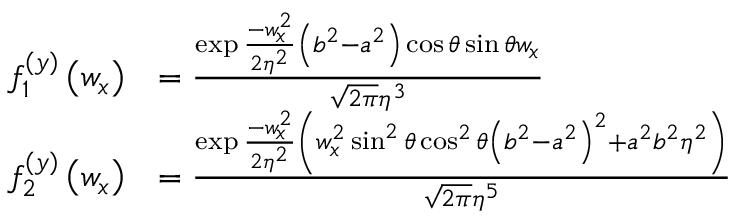
\begin{array} { r l } { f _ { 1 } ^ { ( y ) } \left( w _ { x } \right) } & { = \frac { \exp \frac { - w _ { x } ^ { 2 } } { 2 \eta ^ { 2 } } \left( b ^ { 2 } - a ^ { 2 } \right) \cos \theta \sin \theta w _ { x } } { \sqrt { 2 \pi } \eta ^ { 3 } } } \\ { f _ { 2 } ^ { ( y ) } \left( w _ { x } \right) } & { = \frac { \exp \frac { - w _ { x } ^ { 2 } } { 2 \eta ^ { 2 } } \left( w _ { x } ^ { 2 } \sin ^ { 2 } \theta \cos ^ { 2 } \theta \left( b ^ { 2 } - a ^ { 2 } \right) ^ { 2 } + a ^ { 2 } b ^ { 2 } \eta ^ { 2 } \right) } { \sqrt { 2 \pi } \eta ^ { 5 } } } \end{array}